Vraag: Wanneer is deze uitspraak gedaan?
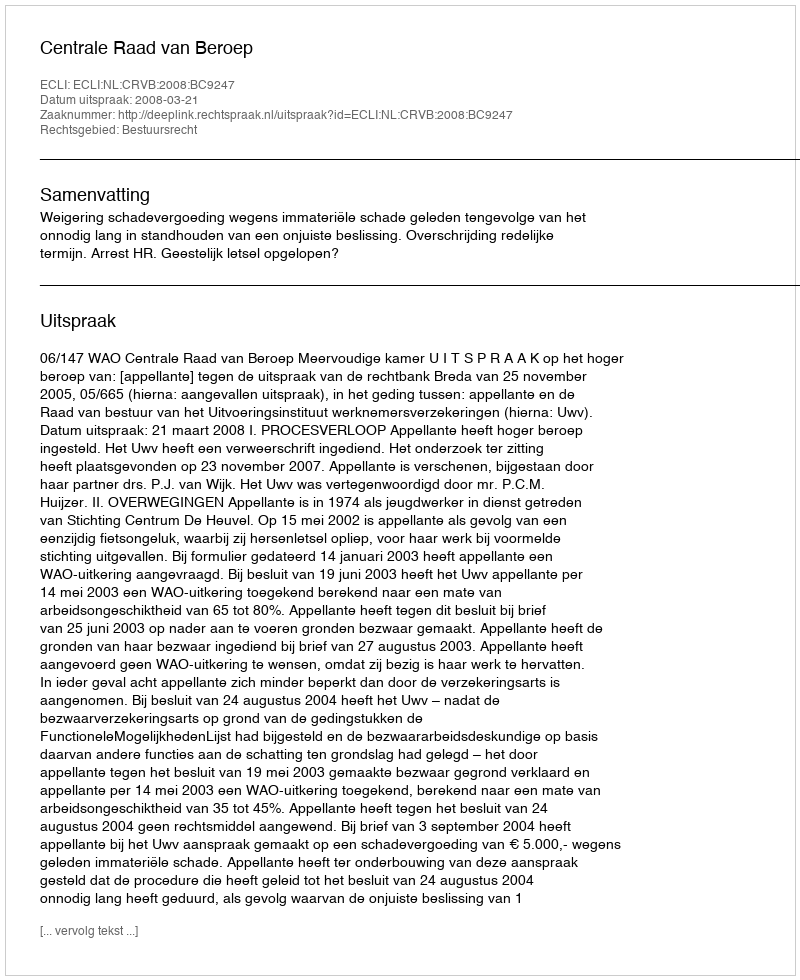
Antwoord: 2008-03-21